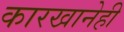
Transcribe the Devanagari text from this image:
कारखानेही